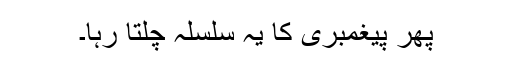
پھر پیغمبری کا یہ سلسلہ چلتا رہا۔